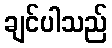
ချင်ပါသည်